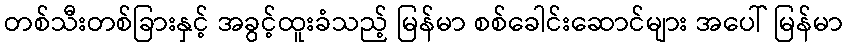
တစ်သီးတစ်ခြားနှင့် အခွင့်ထူးခံသည့် မြန်မာ စစ်ခေါင်းဆောင်များ အပေါ် မြန်မာ